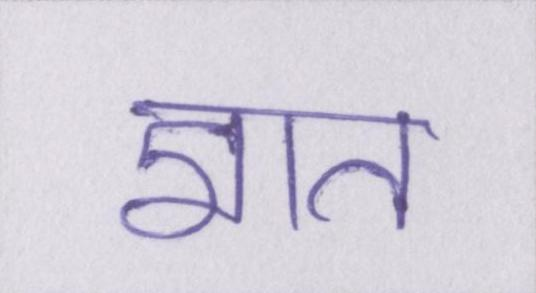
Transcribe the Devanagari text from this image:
ज्ञात